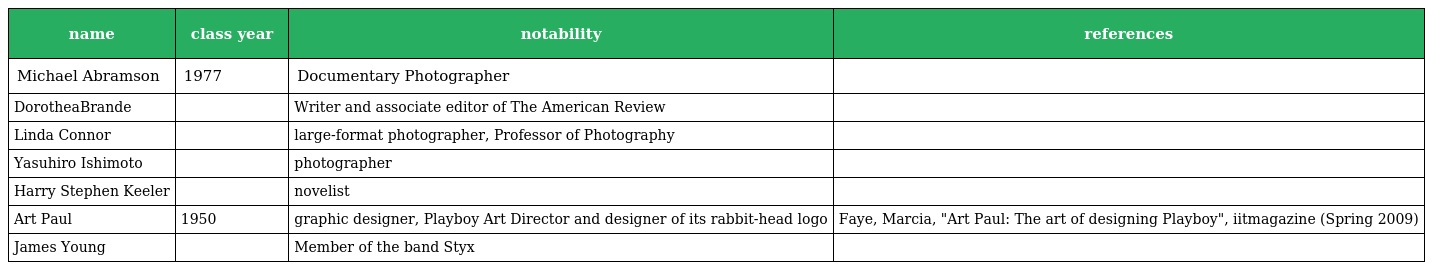
| name | class year | notability | references |
 | --- | --- | --- | --- |
 | Michael Abramson | 1977 | Documentary Photographer |  |
 | DorotheaBrande |  | Writer and associate editor of The American Review |  |
 | Linda Connor |  | large-format photographer, Professor of Photography |  |
 | Yasuhiro Ishimoto |  | photographer |  |
 | Harry Stephen Keeler |  | novelist |  |
 | Art Paul | 1950 | graphic designer, Playboy Art Director and designer of its rabbit-head logo | Faye, Marcia, "Art Paul: The art of designing Playboy", iitmagazine (Spring 2009) |
 | James Young |  | Member of the band Styx |  |